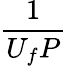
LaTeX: \frac{1}{U_{f}P}